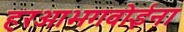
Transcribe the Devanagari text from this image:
हरआभगवोईना